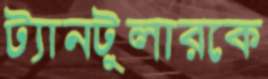
ট্যানটুলারকে